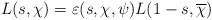
LaTeX: \begin{align*}L(s,\chi)=\varepsilon(s,\chi,\psi)L(1-s,\overline{\chi})\end{align*}